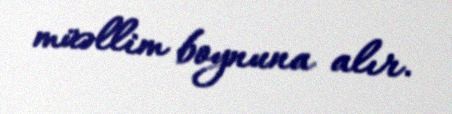
müəllim boynuna alır.